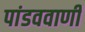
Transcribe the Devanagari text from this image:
पांडववाणी